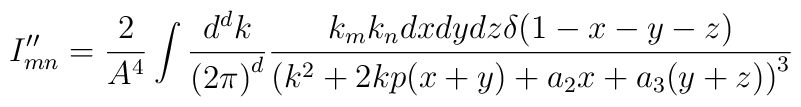
I''_{mn}=\frac{2}{A^4}\int \frac{d^d k}{{(2\pi)}^d}\frac{k_m k_n dx dy dz \delta(1-x-y-z)}{{(k^2+ 2kp(x+y)+a_2 x+a_3(y+z))}^3}